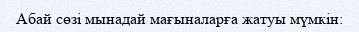
Абай сөзі мынадай мағыналарға жатуы мүмкін: